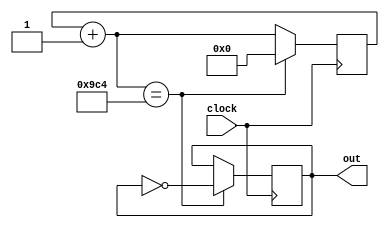
module baud_rate(
input wire clock,
output reg out
);
reg [13:0]clkr_5000 = 14'b0;
initial begin
	out = 0;
end
always @(posedge clock) begin
		clkr_5000 = clkr_5000 + 14'b1;
		if (clkr_5000 == 2500) begin
				clkr_5000 = 14'b0;
				out = ~out;
		end
end

endmodule